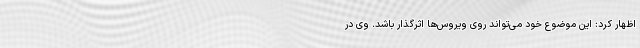
اظهار کرد: این موضوع خود می‌تواند روی ویروس‌ها اثرگذار باشد. وی در